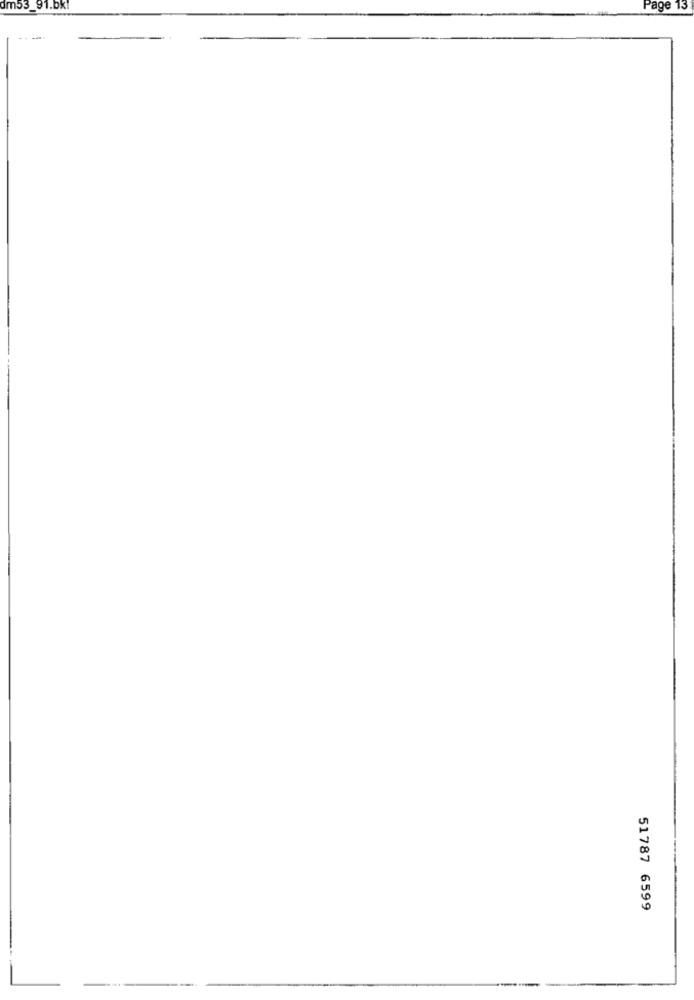
im53_91.bk!
Page 13
51787 6599